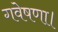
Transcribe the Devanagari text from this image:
गवेषणा।